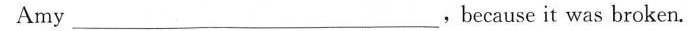
Amy ___，becauseit was broken。